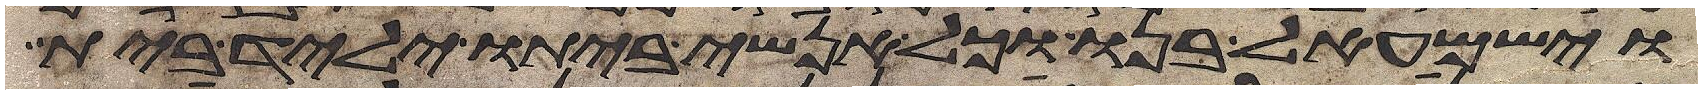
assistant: וישמעאל בנו וכל אנשי ביתו יליד בית